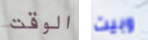
الوقت وبيت